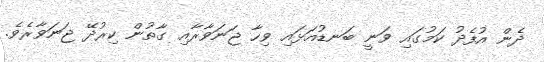
ދެން އުފެދު ކަމުގައި ވަނީ ބަނޑުއަޅައި ވިހާ ޖަނަވާރާއި ގާތުން ކިރުދޭ ޖަނަވާރެވެ.